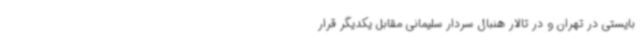
بایستی در تهران و در تالار هنبال سردار سلیمانی مقابل یکدیگر قرار